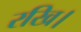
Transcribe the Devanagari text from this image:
रखि।